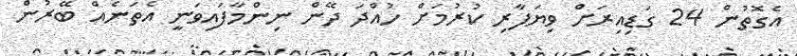
އެގޮތުން 24 ގަޑިއިރަށް ވިޔަފާރި ކުރުމަށް ހުއްދަ ދޭން ނިންމާފައިވަނީ އެތަނެއް ބޭރުން